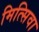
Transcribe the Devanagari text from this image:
मित्सिवा